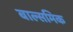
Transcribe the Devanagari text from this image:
बाल्समिक